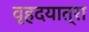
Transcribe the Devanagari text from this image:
वृहदयात्रा